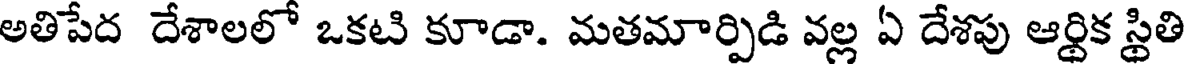
అతిపేద దేశాలలో ఒకటి కూడా. మతమార్పిడి వల్ల ఏ దేశపు ఆర్థిక స్థితి